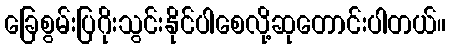
ခြေစွမ်းပြဂိုးသွင်းနိုင်ပါစေလို့ဆုတောင်းပါတယ်။